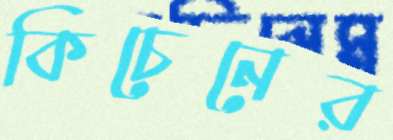
কিচেনের